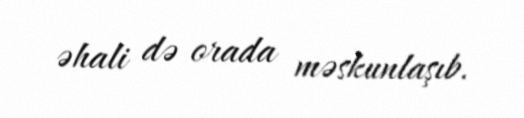
əhali də orada məskunlaşıb.